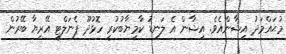
މުޙައްމަދު އިޝާންއެވެ. އިޝާން އެ ލަނޑު ކާމިޔާބުކުރީ ހޮޅުދޫ ޕެނަލްޓީ އޭރިޔާ ބޭރުން